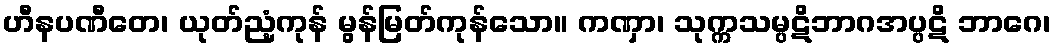
ဟီနပဏီတေ၊ ယုတ်ညံ့ကုန် မွန်မြတ်ကုန်သော။ ကဏှာ၊ သုက္ကသမ္ပဋိဘာဂအပ္ပဋိ ဘာဂေ၊